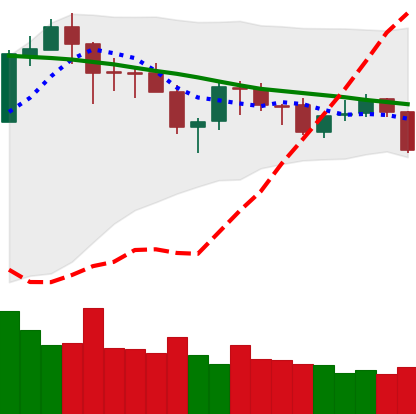
Ticker: ETH-USD
Chart end date: 2018-05-22
Forward return: -11.59%
Label: down_7plus